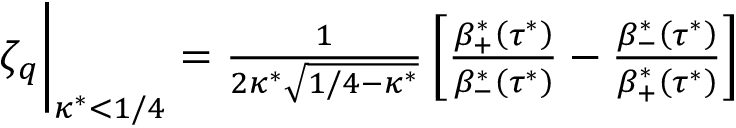
\begin{array} { r } { \zeta _ { q } \biggr \rvert _ { \kappa ^ { * } < 1 / 4 } = \frac { 1 } { 2 \kappa ^ { * } \sqrt { 1 / 4 - \kappa ^ { * } } } \left[ \frac { \beta _ { + } ^ { * } \left( \tau ^ { * } \right) } { \beta _ { - } ^ { * } \left( \tau ^ { * } \right) } - \frac { \beta _ { - } ^ { * } \left( \tau ^ { * } \right) } { \beta _ { + } ^ { * } \left( \tau ^ { * } \right) } \right] } \end{array}